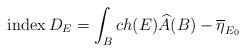
LaTeX: \begin{align*}{\rm index}\, D_{E} = \int_B ch(E) \widehat{A}(B) - \overline\eta_{E_0}\end{align*}